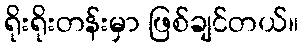
ရိုးရိုးတန်းမှာ ဖြစ်ချင်တယ်။